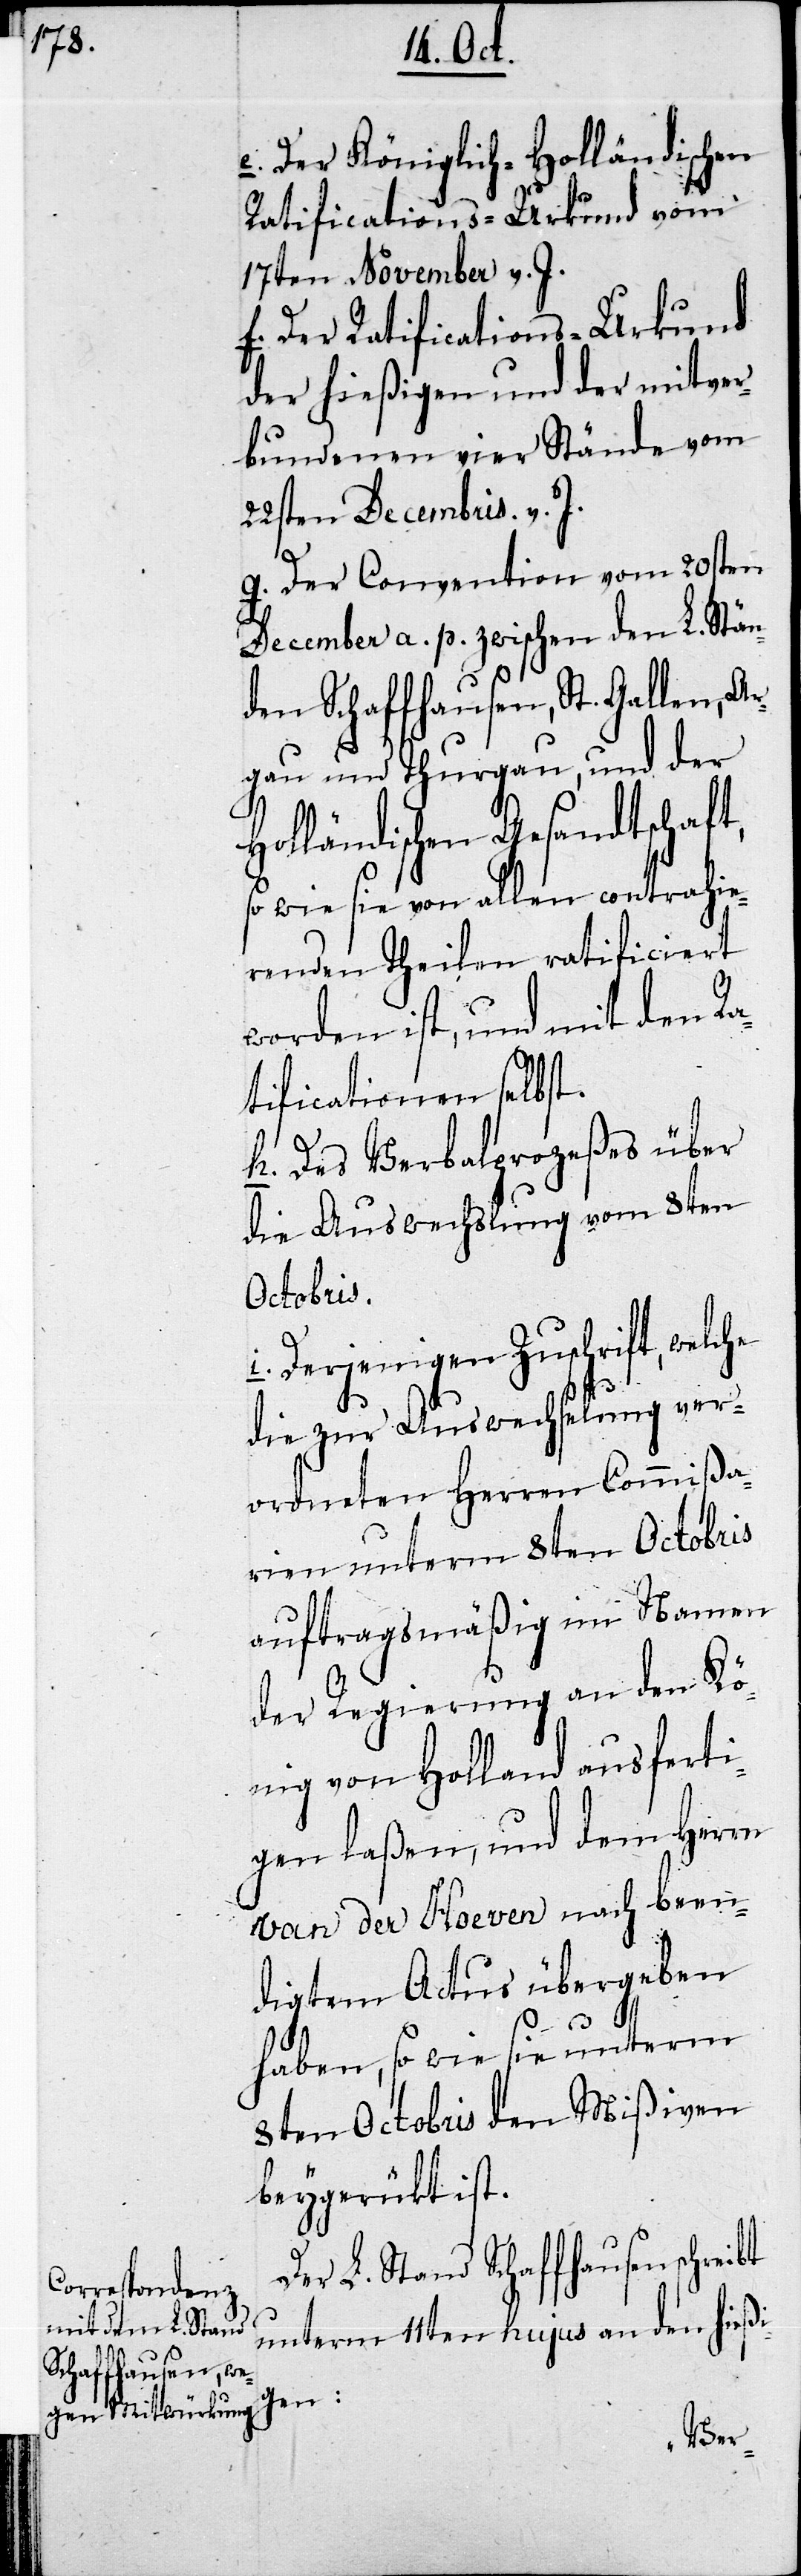
e. Der Königlich-Holländischen
Ratifications-Urkund vom
17ten November v. J.
f. Der Ratifications-Urkund
der hießigen und der mitver¬
bundenen vier Stände vom
22sten Decembris v. J.
g. Der Convention vom 20sten
December a. p. zwischen den L. Stän¬
den Schaffhausen, St. Gallen, Ar¬
gau und Thurgau, und der
Holländischen Gesandtschaft,
so wie sie von allen contrahie¬
renden Theilen ratificiert
worden ist, und mit den Ra¬
tificationen selbst.
h. Des Verbalproceßes über
die Auswechslung vom 8ten
Octobris.
i. Derjenigen Zuschrift, welche
die zur Auswechselung ver¬
ordneten Herren Commißa¬
rien unterm 8ten Octobris
auftragsmäßig im Namen
der Regierung an den Kö¬
nig von Holland ausferti¬
gen laßen, und dem Herrn
van der Hoeven nach been¬
digtem Actus übergeben
haben, so wie sie unterm
8ten Octobris den Mißiven
beygerükt ist.
Der L. Stand Schaffhausen schreibt
unterm 11ten hujus an den hießi-